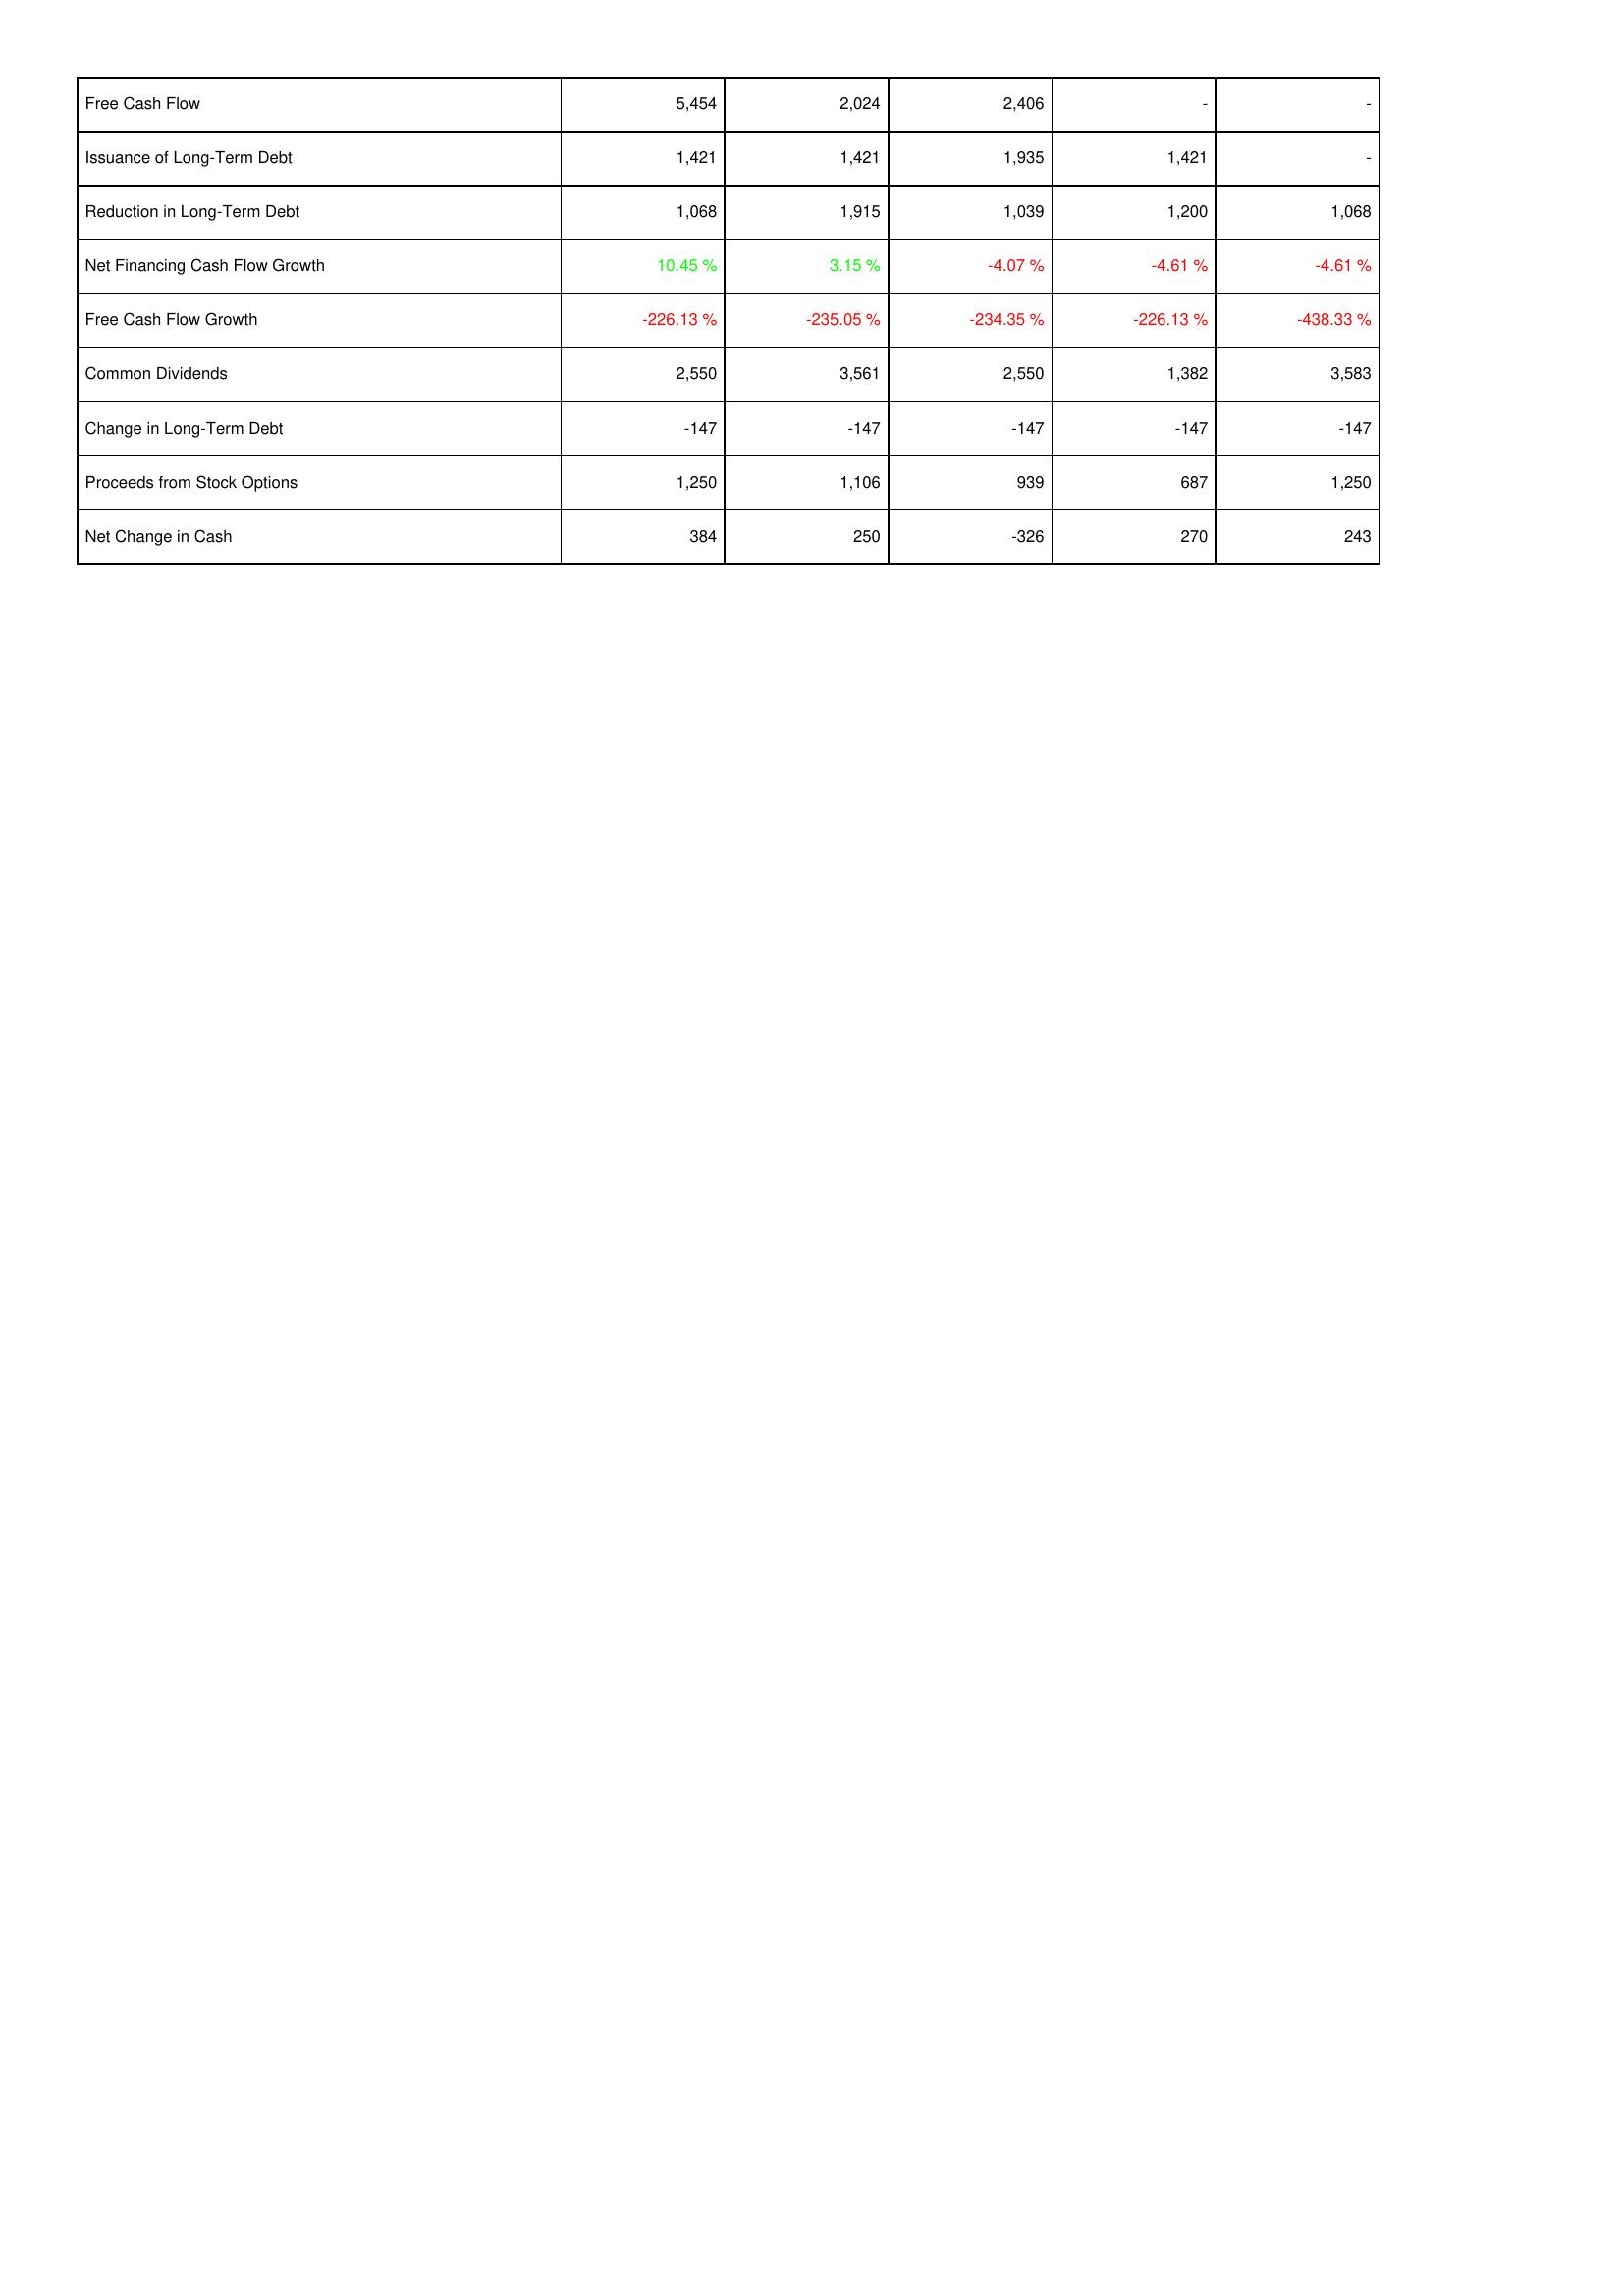
2016: Financing Activities: Free Cash Flow: 5,454
Issuance of Long-Term Debt: 1,421
Reduction in Long-Term Debt: 1,068
Net Financing Cash Flow Growth: 10.45 %
Free Cash Flow Growth: -226.13 %
Common Dividends: 2,550
Change in Long-Term Debt: -147
Proceeds from Stock Options: 1,250
Net Change in Cash: 384
2017: Financing Activities: Free Cash Flow: 2,024
Issuance of Long-Term Debt: 1,421
Reduction in Long-Term Debt: 1,915
Net Financing Cash Flow Growth: 3.15 %
Free Cash Flow Growth: -235.05 %
Common Dividends: 3,561
Change in Long-Term Debt: -147
Proceeds from Stock Options: 1,106
Net Change in Cash: 250
2018: Financing Activities: Free Cash Flow: 2,406
Issuance of Long-Term Debt: 1,935
Reduction in Long-Term Debt: 1,039
Net Financing Cash Flow Growth: -4.07 %
Free Cash Flow Growth: -234.35 %
Common Dividends: 2,550
Change in Long-Term Debt: -147
Proceeds from Stock Options: 939
Net Change in Cash: -326
2019: Financing Activities: Free Cash Flow: -
Issuance of Long-Term Debt: 1,421
Reduction in Long-Term Debt: 1,200
Net Financing Cash Flow Growth: -4.61 %
Free Cash Flow Growth: -226.13 %
Common Dividends: 1,382
Change in Long-Term Debt: -147
Proceeds from Stock Options: 687
Net Change in Cash: 270
2020: Financing Activities: Free Cash Flow: -
Issuance of Long-Term Debt: -
Reduction in Long-Term Debt: 1,068
Net Financing Cash Flow Growth: -4.61 %
Free Cash Flow Growth: -438.33 %
Common Dividends: 3,583
Change in Long-Term Debt: -147
Proceeds from Stock Options: 1,250
Net Change in Cash: 243